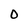
Character: O